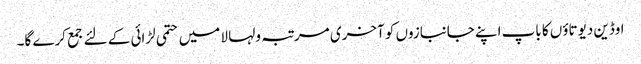
اوڈین دیوتاؤں کا باپ اپنے جانبازوں کو آخری مرتبہ ولہا لا میں حتمی لڑائی کے لئے جمع کرے گا۔